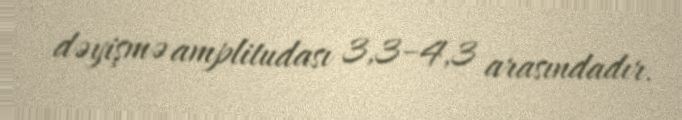
dəyişmə amplitudası 3,3–4,3 arasındadır.